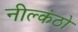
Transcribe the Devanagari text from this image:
नील्कंठो